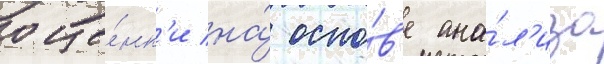
оце́нк'и на́ осно́в'е ана́л'иза